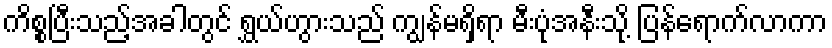
ကိစ္စပြီးသည့်အခါတွင် ရွှယ်ဟွားသည် ကျွန်မရှိရာ မီးပုံအနီးသို့ ပြန်ရောက်လာကာ